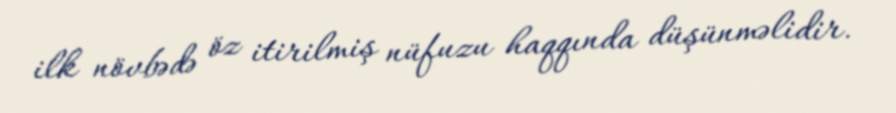
ilk növbədə öz itirilmiş nüfuzu haqqında düşünməlidir.